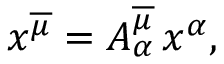
x ^ { \overline { { \mu } } } = A _ { \alpha } ^ { \overline { { \mu } } } \, x ^ { \alpha } ,